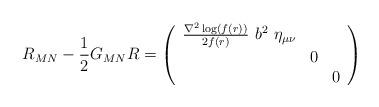
LaTeX: \begin{align*}R_{MN}-\frac{1}{2}G_{MN}R=\left(\begin{array}{ccc}\frac{\nabla^{2}\log(f(r))}{2f(r)}~b^2~\eta_{\mu \nu}&~&~\\~&0&~\\~&~&0\end{array}\right)\end{align*}